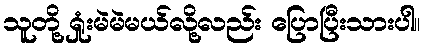
သူတို့ ရှုံးမဲမဲမယ်လို့လည်း ပြောပြီးသားပါ။